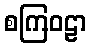
စကြဝဠာ